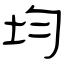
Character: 均